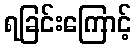
ရခြင်းကြောင့်